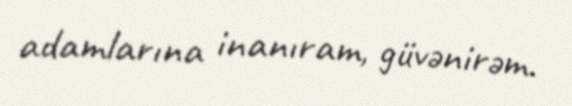
adamlarına inanıram, güvənirəm.